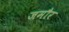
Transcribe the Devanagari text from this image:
जमौर